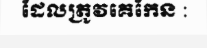
ដែលត្រូវគេកែន :